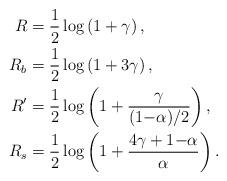
LaTeX: \begin{align*}R & = \frac{1}{2}\log\left(1+\gamma\right), \\R_b &= \frac{1}{2}\log\left(1+3\gamma\right), \\R' & = \frac{1}{2}\log\left(1+\frac{\gamma}{(1{-}\alpha)/2}\right), \\R_s &= \frac{1}{2}\log\left(1+\frac{4\gamma+1{-}\alpha}{\alpha}\right).\end{align*}